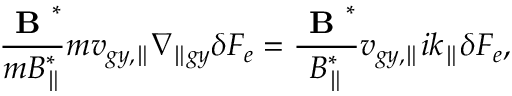
\frac { \textbf { B } ^ { * } } { m B _ { \parallel } ^ { * } } m { v } _ { g y , \parallel } \nabla _ { \parallel g y } \delta F _ { e } = \frac { \textbf { B } ^ { * } } { B _ { \parallel } ^ { * } } { v } _ { g y , \parallel } i k _ { \parallel } \delta F _ { e } ,